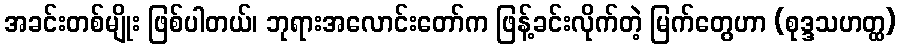
အခင်းတစ်မျိုး ဖြစ်ပါတယ်၊ ဘုရားအလောင်းတော်က ဖြန့်ခင်းလိုက်တဲ့ မြက်တွေဟာ (စုဒ္ဒသဟတ္ထ)